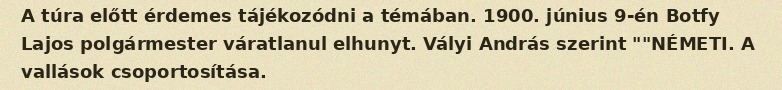
A túra előtt érdemes tájékozódni a témában. 1900. június 9-én Botfy Lajos polgármester váratlanul elhunyt. Vályi András szerint ""NÉMETI. A vallások csoportosítása.